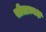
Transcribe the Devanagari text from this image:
सीताध्यक्ष